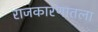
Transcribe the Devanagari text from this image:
राजकारणातला